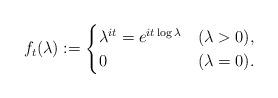
LaTeX: \begin{align*}f_t(\lambda) := \begin{cases} \lambda^{it}=e^{it\log\lambda} & (\lambda > 0), \\ 0 & (\lambda = 0). \end{cases}\end{align*}